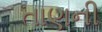
તાણની